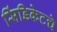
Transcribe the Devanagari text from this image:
सिंडिकेटचे